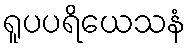
ရူပပရိယေသနံ